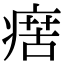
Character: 瘔